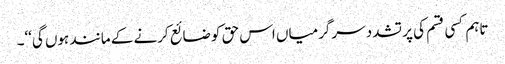
تاہم کسی قسم کی پر تشدد سرگرمیاں اس حق کو ضائع کرنے کے مانند ہوں گی‘‘۔